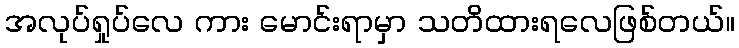
အလုပ်ရှုပ်လေ ကား မောင်းရာမှာ သတိထားရလေဖြစ်တယ်။